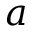
a